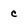
Character: c